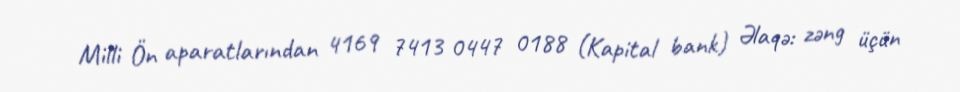
Milli Ön aparatlarından 4169 7413 0447 0188 (Kapital bank) Əlaqə: zəng üçün